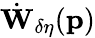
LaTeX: \dot{\mathbf{W}}_{\delta\eta}(\mathbf{p})